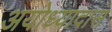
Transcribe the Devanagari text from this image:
अयोध्यादास